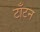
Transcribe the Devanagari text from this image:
टाँटन